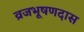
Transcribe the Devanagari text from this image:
व्रजभूषणदास